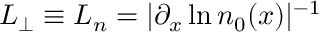
L _ { \perp } \equiv L _ { n } = | \partial _ { x } \ln n _ { 0 } ( x ) | ^ { - 1 }